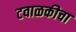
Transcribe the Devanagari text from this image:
टवाळकीचा